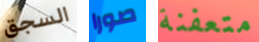
السجق صورا متعفنة